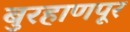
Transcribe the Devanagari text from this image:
बुरहाणपूर